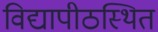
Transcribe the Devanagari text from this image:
विद्यापीठस्थित